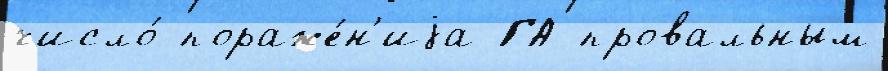
число́ пораже́н'иjа ГА провальным